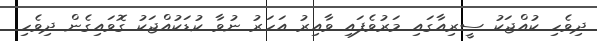
ދިވެހި ކުއްޖަކު ސީރިއާގައި މަރުވެފައި ވާއިރު އަހަރު ނުވާ ކުޑަކުއްޖަކު ގޮވައިގެން ދިވެހި